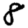
Digit: 8